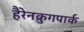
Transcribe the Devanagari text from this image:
हैरेनक्रुगपार्क